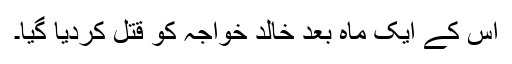
اس کے ایک ماہ بعد خالد خواجہ کو قتل کردیا گیا۔